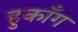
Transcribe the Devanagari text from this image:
हुकाँग